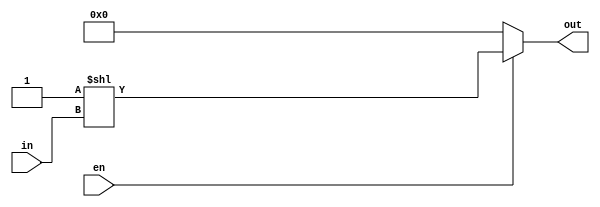


module dec3to8_shift(	out,
			in,
			en );

output	[7:0]	out	;

input	[2:0]	in	;
input		en	;

assign	out = (en==1'b1)?  8'd1<<in : 8'd0 ;

endmodule


//==================================================

module dec3to8_case(	out,
			in,
			en );

output	[7:0]	out	;

input	[2:0]	in	;
input		en	;

reg	[7:0]	out	;

always @(in, en) begin
	if(en == 1'b1) begin
	  case(in)
		3'b000 : out = 8'b0000_0001;
		3'b001 : out = 8'b0000_0010;
		3'b010 : out = 8'b0000_0100;
		3'b011 : out = 8'b0000_1000;
		3'b100 : out = 8'b0001_0000;
		3'b101 : out = 8'b0010_0000;
		3'b110 : out = 8'b0100_0000;
		3'b111 : out = 8'b1000_0000;
	  endcase

	end else begin
		out = 8'd0;
	end
end

endmodule

//==================================================
module d_latch(q, d, clk, rst_n);

output	q	;
input	d	;
input	clk	;
input	rst_n	;

reg	q	;

always @ (d or clk or rst_n) begin
	if(rst_n == 1'b0) begin
		q <= 1'b0	;
	end else begin
		if(clk == 1'b1) begin
		q <= d	;
		end
	end
end

endmodule
//==================================================

module dff_asyn(q, d, clk, rst_n);

output	q	;
input	d	;
input	clk	;
input	rst_n	;

reg	q	;

always @ (posedge clk or negedge rst_n) begin
	if(rst_n == 1'b0) begin
		q <= 1'b0;
	end else begin
		q <= d	;
	end
end
endmodule

//====================================================

module dff_syn(q, d, clk, rst_n);

output	q	;
input	d	;
input	clk	;
input	rst_n	;

reg	q	;

always @ (posedge clk) begin
	if(rst_n == 1'b0) begin
		q <= 1'b0;
	end else begin
		q <= d;
	end
end
endmodule